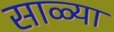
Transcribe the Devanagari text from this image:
साळ्या